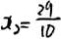
x _ { 2 } = \frac { 2 9 } { 1 0 }